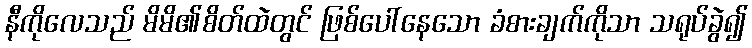
နီကိုလေသည် မိမိ၏စိတ်ထဲတွင် ဖြစ်ပေါ်နေသော ခံစားချက်ကိုသာ သရုပ်ခွဲ၍